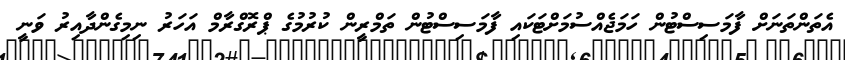
އެތަންތަނަށް ފާމަސިސްޓުން ހަމަޖެއްސުމަށްޓަކައި ފާމަސިސްޓުން ތަމްރީން ކުރުމުގެ ޕްރޮގްރާމް އަހަރު ނިމިގެންދާއިރު ވަނީ